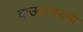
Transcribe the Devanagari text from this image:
दाऊदसरांना